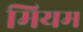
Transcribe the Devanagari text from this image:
मियम